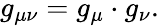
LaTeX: g_{\mu\nu}=g_{\mu}\cdot g_{\nu}.